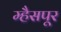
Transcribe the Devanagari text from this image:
म्हैसपूर